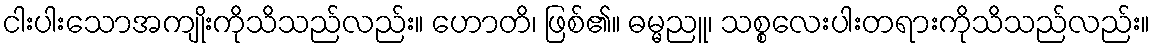
ငါးပါးသောအကျိုးကိုသိသည်လည်း။ ဟောတိ၊ ဖြစ်၏။ ဓမ္မညူ၊ သစ္စလေးပါးတရားကိုသိသည်လည်း။